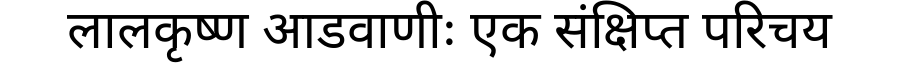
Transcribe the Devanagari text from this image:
लालकृष्ण आडवाणीः एक संक्षिप्त परिचय